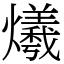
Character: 爔